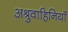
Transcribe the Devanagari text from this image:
अश्रुवाहिनियाँ